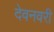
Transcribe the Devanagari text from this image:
देवनवरी